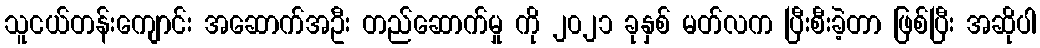
သူငယ်တန်းကျောင်း အဆောက်အဦး တည်ဆောက်မှု ကို ၂၀၂၁ ခုနှစ် မတ်လက ပြီးစီးခဲ့တာ ဖြစ်ပြီး အဆိုပါ